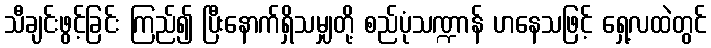
သီချင်းဖွင့်ခြင်း ကြည်၍ ပြီးနောက်ရှိသမျှတို့ စည်ပုံသဏ္ဍာန် ဟနေသဖြင့် ရှေ့လထဲတွင်